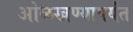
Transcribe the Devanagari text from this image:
ओळखण्यापर्यंत